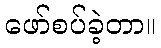
ဖော်စပ်ခဲ့တာ။